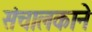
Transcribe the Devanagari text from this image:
संचालकाने